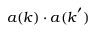
\boldsymbol { a } ( \boldsymbol { k } ) \cdot \boldsymbol { a } ( \boldsymbol { k } ^ { \prime } )